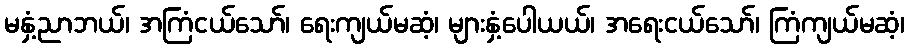
မနှံ့ညာဘယ်၊ အကြံငယ်သော်၊ ရေးကျယ်မဆံ့၊ များနှံ့ပေါယယ်၊ အရေးငယ်သော်၊ ကြံကျယ်မဆံ့၊